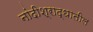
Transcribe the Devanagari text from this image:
नांदीश्राद्धातील